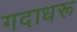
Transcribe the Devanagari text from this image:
गदाधरू